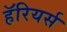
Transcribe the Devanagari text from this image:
हॅरियर्स